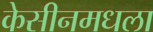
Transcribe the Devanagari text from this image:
केसीनमधला